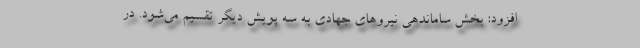
افزود: بخش ساماندهی نیروهای جهادی به سه پویش دیگر تقسیم می‌شود. در